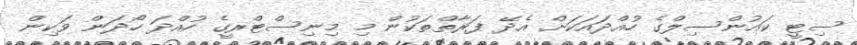
ސިޓީ ކައުންސިލްގެ ހުއްދައަކަށް އެދޭ ފަރާތްތަކުން މި މިނިސްޓްރީގެ ހުއްދަ ހޯދަން ވަކިން